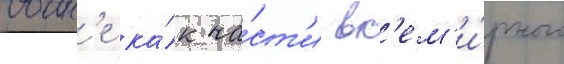
воин'е ка́к ча́ст'и вс'ем'и́рного